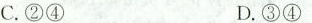
C.②④ D.③④